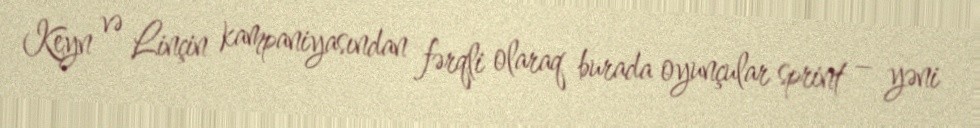
Keyn və Linçin kampaniyasından fərqli olaraq burada oyunçular sprint – yəni